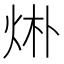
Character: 烞